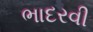
ભાદરવી